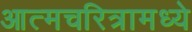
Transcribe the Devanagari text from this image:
आत्मचरित्रामध्ये